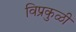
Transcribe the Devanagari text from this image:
विप्रकुळी